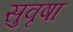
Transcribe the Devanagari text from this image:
सुवृषा